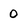
Character: 0